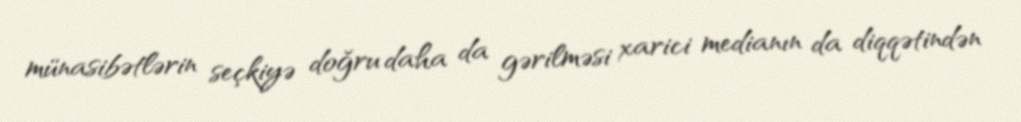
münasibətlərin seçkiyə doğru daha da gərilməsi xarici medianın da diqqətindən